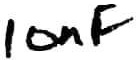
Text: 10nF